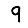
Digit: 9